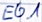
Text: E0.1